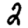
Digit: 2